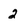
Character: 2